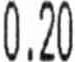
0.20